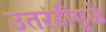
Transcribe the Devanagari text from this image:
उतरंडीमुळे